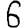
Digit: 6